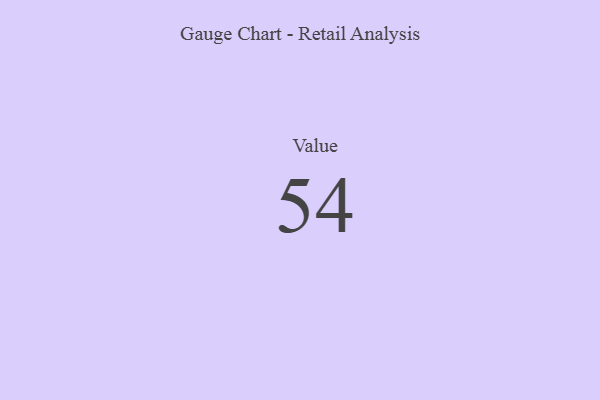
{"axis": {"x": "Metric", "y": "Value"}, "legend": [""], "data": [{"x": "Value", "y": 54, "type": ""}]}